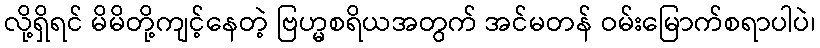
လို့ရှိရင် မိမိတို့ကျင့်နေတဲ့ ဗြဟ္မစရိယအတွက် အင်မတန် ဝမ်းမြောက်စရာပါပဲ၊